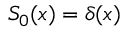
S _ { 0 } ( x ) = \delta ( x )